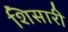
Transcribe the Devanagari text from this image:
शिसारी